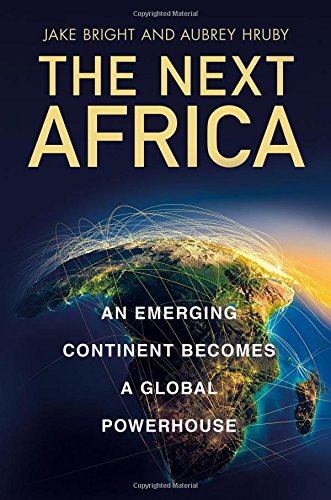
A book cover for The Next Africa: An Emerging Continent Becomes a Global Powerhouse; Jake Bright; Business & Money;